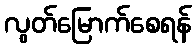
လွတ်မြောက်စေရန်